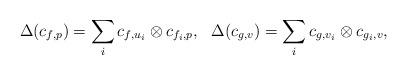
\begin{align*}\Delta(c_{f,p})=\sum_ic_{f,u_i}\otimes c_{f_i,p},\ \ \Delta(c_{g,v})=\sum_ic_{g,v_i}\otimes c_{g_i,v},\end{align*}